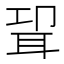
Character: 𰭸